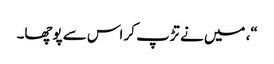
“، میں نے تڑپ کر اس سے پوچھا۔